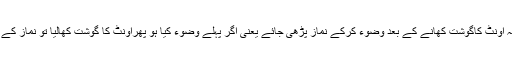
حالانکہ اس کے بارے میںعام حدیث کی کتابوں میں حدیث پائی جاتی ہے کہ اونٹ کاگوشت کھانے کے بعد وضوء کرکے نماز پڑھی جائے یعنی اگر پہلے وضوء کیا ہو پھراونٹ کا گوشت کھالیا تو نماز کے لیے دو بارہ وضوء کرنے کی ضرورت ہے اور آپeنے اس کاحکم دیا ہے۔